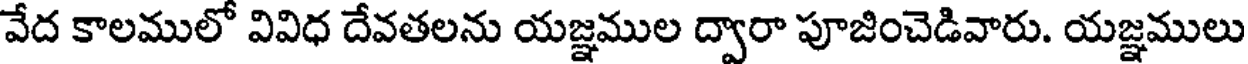
వేద కాలములో వివిధ దేవతలను యజ్ఞముల ద్వారా పూజించెడివారు. యజ్ఞములు